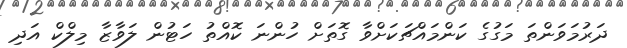
ދަރުމަވަންތަ މަގުގެ ކަންމައްޗަކަށްވާ ގޮތަށް ހުންނަ ކޮއްތު ހަޓުން ލަވާޒާ މިލްކް އަދި